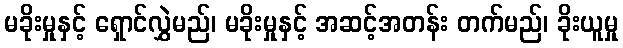
မခိုးမှုနှင့် ရှောင်လွှဲမည်၊ မခိုးမှုနှင့် အဆင့်အတန်း တက်မည်၊ ခိုးယူမှု